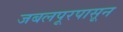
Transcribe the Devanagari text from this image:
जबलपूरपासून